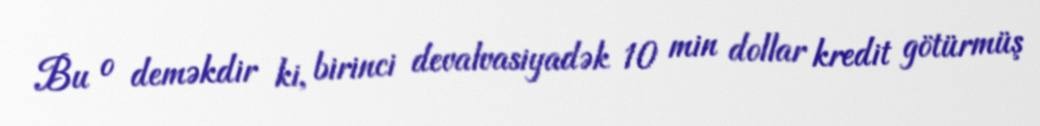
Bu o deməkdir ki, birinci devalvasiyadək 10 min dollar kredit götürmüş